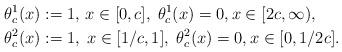
LaTeX: \begin{align*}&\theta^1_c(x):=1, \, x\in [0,c],\; \theta^1_c(x)=0, x\in [2c,\infty),\\&\theta^2_c(x):=1, \; x\in [1/c,1],\; \theta^2_c(x)=0, x\in [0,1/{2c}].\end{align*}